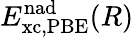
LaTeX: E_{\mathrm{xc,PBE}}^{\mathrm{nad}}(R)